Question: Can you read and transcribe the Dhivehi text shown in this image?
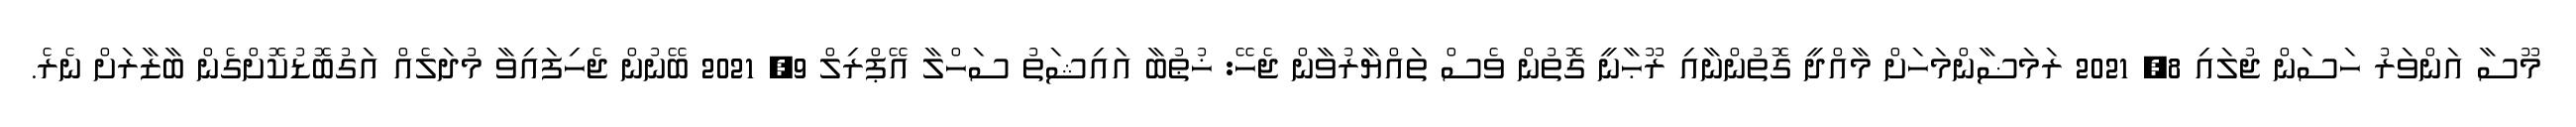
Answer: މޫސާ އަންވަރު ހަސަން ޖުލައި 8, 2021 ރަމަޟާންމަހަށް މާއްދީ ގޮތުންނާއި ރޫޙާނީ ގޮތުން ވެސް ތައްޔާރުވާން ޖެހޭ: ޚުޠުބާ އައިޝަތު ސަހްލާ އޭޕްރިލް 9, 2021 ބޭނުން ޖެހިފައިވާ މުދަލެއް އަގުބޮޑުކޮށްގެން ބާޒާރަށް ނެރެ.